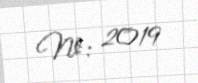
№: 2019